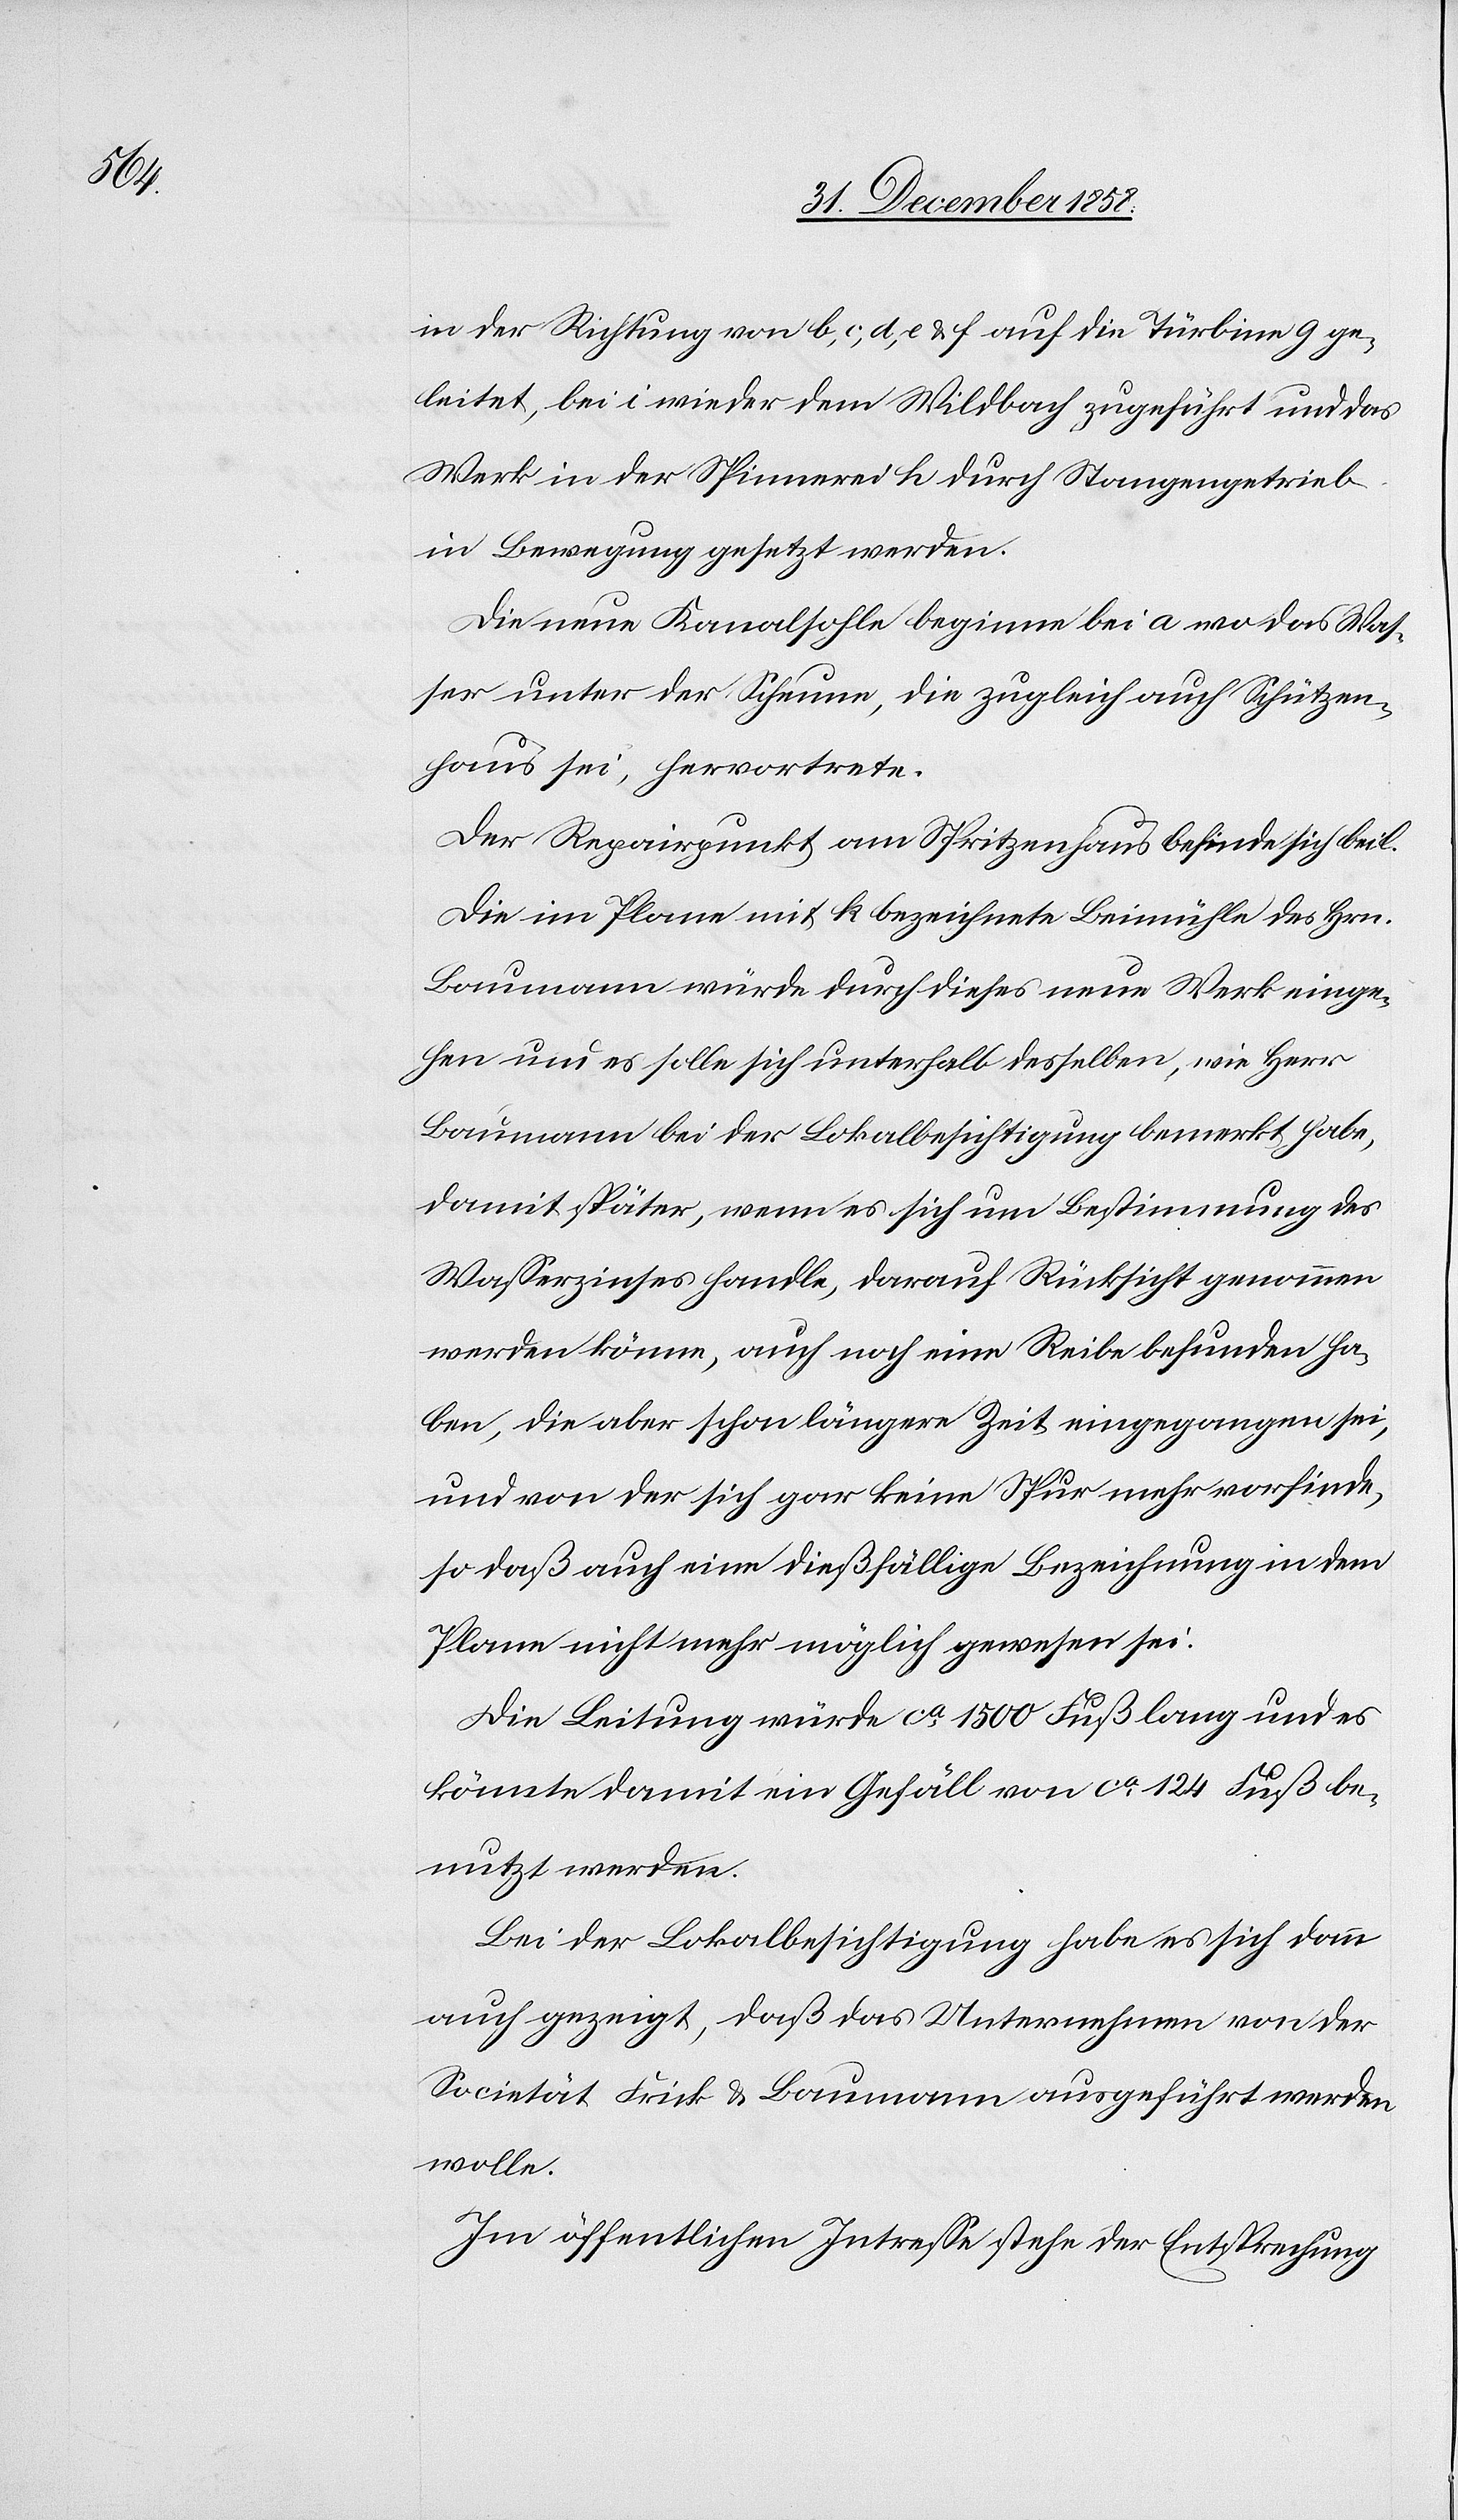
in der Richtung von b, c, d, e & f auf die Türbine g ge¬
leitet, bei i wieder dem Wildbach zugeführt und das
Werk in der Spinnerei h durch Stangengetrieb
in Bewegung gesetzt werden.
Die neue Kanalsohle beginne bei a wo das Was¬
ser unter der Scheune, die zugleich auch Schützen¬
haus sei, hervortrete.
Der Repairpunkt am Spritzenhaus befinde sich bei l.
Die im Plane mit k bezeichnete Beimühle des Hrn.
Baumann würde durch dieses neue Werk einge¬
hen und es solle sich unterhalb desselben, wie Herr
Baumann bei der Lokalbesichtigung bemerkt habe,
damit später, wenn es sich um Bestimmung des
Wasserzinses handle, darauf Rücksicht genommen
werden könne, auch noch eine Reibe befunden ha¬
ben, die aber schon längere Zeit eingegangen sei,
und von der sich gar keine Spur mehr vorfinde,
so daß auch eine dießfällige Bezeichnung in dem
Plane nicht mehr möglich gewesen sei.
Die Leitung würde ca 1500 Fuß lang und es
könnte damit ein Gefäll von ca 124 Fuß be¬
nutzt werden.
Bei der Lokalbesichtigung habe es sich dann
auch gezeigt, daß das Unternehmen von der
Societät Frick & Baumann ausgeführt werden
wolle.
Im öffentlichen Interesse stehe der Entsprechung